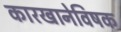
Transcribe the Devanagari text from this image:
कारखानेविषक